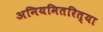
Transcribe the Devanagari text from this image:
अनियमितरित्या